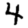
Digit: 4